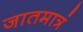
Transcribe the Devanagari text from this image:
जातमात्रं